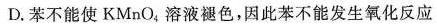
D.苯不能使KMnO_{4}。溶液褪色，因此苯不能发生氧化反应